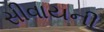
સીવાયની